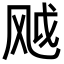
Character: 𬱸